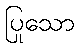
ပြုသော